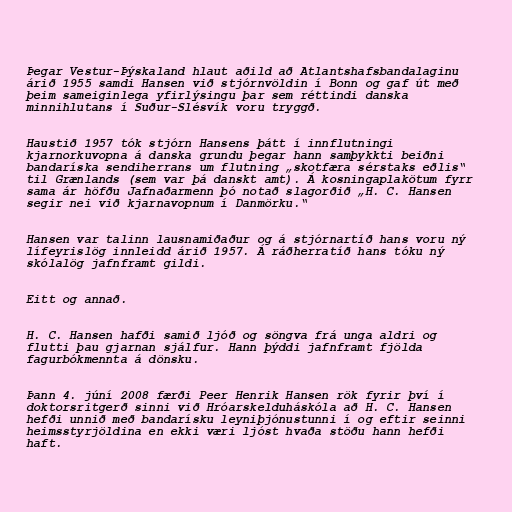
Þegar Vestur-Þýskaland hlaut aðild að Atlantshafsbandalaginu
árið 1955 samdi Hansen við stjórnvöldin í Bonn og gaf út með
þeim sameiginlega yfirlýsingu þar sem réttindi danska
minnihlutans í Suður-Slésvík voru tryggð.

Haustið 1957 tók stjórn Hansens þátt í innflutningi
kjarnorkuvopna á danska grundu þegar hann samþykkti beiðni
bandaríska sendiherrans um flutning „skotfæra sérstaks eðlis“
til Grænlands (sem var þá danskt amt). Á kosningaplakötum fyrr
sama ár höfðu Jafnaðarmenn þó notað slagorðið „H. C. Hansen
segir nei við kjarnavopnum í Danmörku.“

Hansen var talinn lausnamiðaður og á stjórnartíð hans voru ný
lífeyrislög innleidd árið 1957. Á ráðherratíð hans tóku ný
skólalög jafnframt gildi.

Eitt og annað.

H. C. Hansen hafði samið ljóð og söngva frá unga aldri og
flutti þau gjarnan sjálfur. Hann þýddi jafnframt fjölda
fagurbókmennta á dönsku.

Þann 4. júní 2008 færði Peer Henrik Hansen rök fyrir því í
doktorsritgerð sinni við Hróarskelduháskóla að H. C. Hansen
hefði unnið með bandarísku leyniþjónustunni í og eftir seinni
heimsstyrjöldina en ekki væri ljóst hvaða stöðu hann hefði
haft.